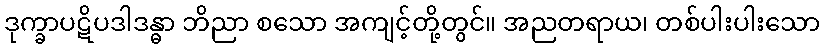
ဒုက္ခာပဋိပဒါဒန္ဓာ ဘိညာ စသော အကျင့်တို့တွင်။ အညတရာယ၊ တစ်ပါးပါးသော